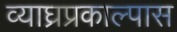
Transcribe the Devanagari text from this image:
व्याघ्रप्रकाल्पास